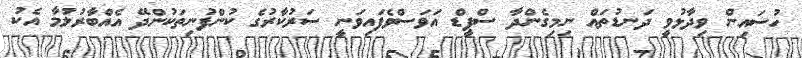
ހުސަައިން ވިދާޅުވީ ދަނޑުތައް ނިމިގެންދާ ސްޕީޑް އަވަސްވެފައިވަނީ ސަރުކާރުގެ ކުންފުނިތަކުންދޭ އެއްބާރުލުމާ އެކު